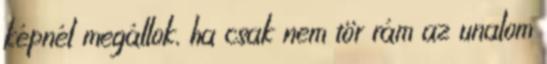
képnél megállok, ha csak nem tör rám az unalom